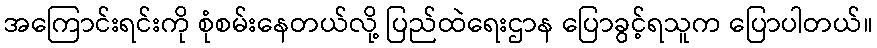
အကြောင်းရင်းကို စုံစမ်းနေတယ်လို့ ပြည်ထဲရေးဌာန ပြောခွင့်ရသူက ပြောပါတယ်။